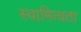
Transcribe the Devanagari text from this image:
स्वामित्वता